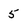
Character: 5